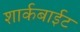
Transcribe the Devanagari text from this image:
शार्कबाईट